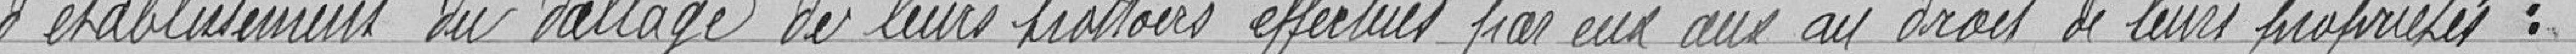
d'établissement du dallage de leurs trottoirs effectués par eux aux droits de leurs propriétés :